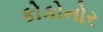
કોકોનોર